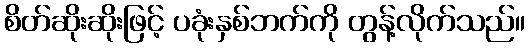
စိတ်ဆိုးဆိုးဖြင့် ပခုံးနှစ်ဘက်ကို တွန့်လိုက်သည်။